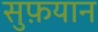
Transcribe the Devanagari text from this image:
सुफ़यान